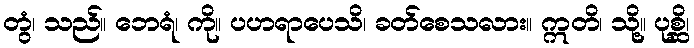
တွံ၊ သည်။ ဘေရံ၊ ကို။ ပဟရာပေသိ၊ ခတ်စေသလား။ ဣတိ၊ သို့။ ပုစ္ဆိ၊